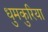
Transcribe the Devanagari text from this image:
धुमकुरिया